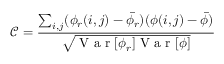
\mathcal { C } = \frac { \sum _ { i , j } ( \phi _ { r } ( i , j ) - \bar { \phi _ { r } } ) ( \phi ( i , j ) - \bar { \phi } ) } { \sqrt { \mathrm { ~ V ~ a ~ r ~ } [ \phi _ { r } ] \mathrm { ~ V ~ a ~ r ~ } [ \phi ] } }